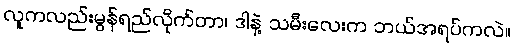
လူကလည်းမွန်ရည်လိုက်တာ၊ ဒါနဲ့ သမီးလေးက ဘယ်အရပ်ကလဲ။